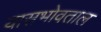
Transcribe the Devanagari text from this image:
यासभोवताल